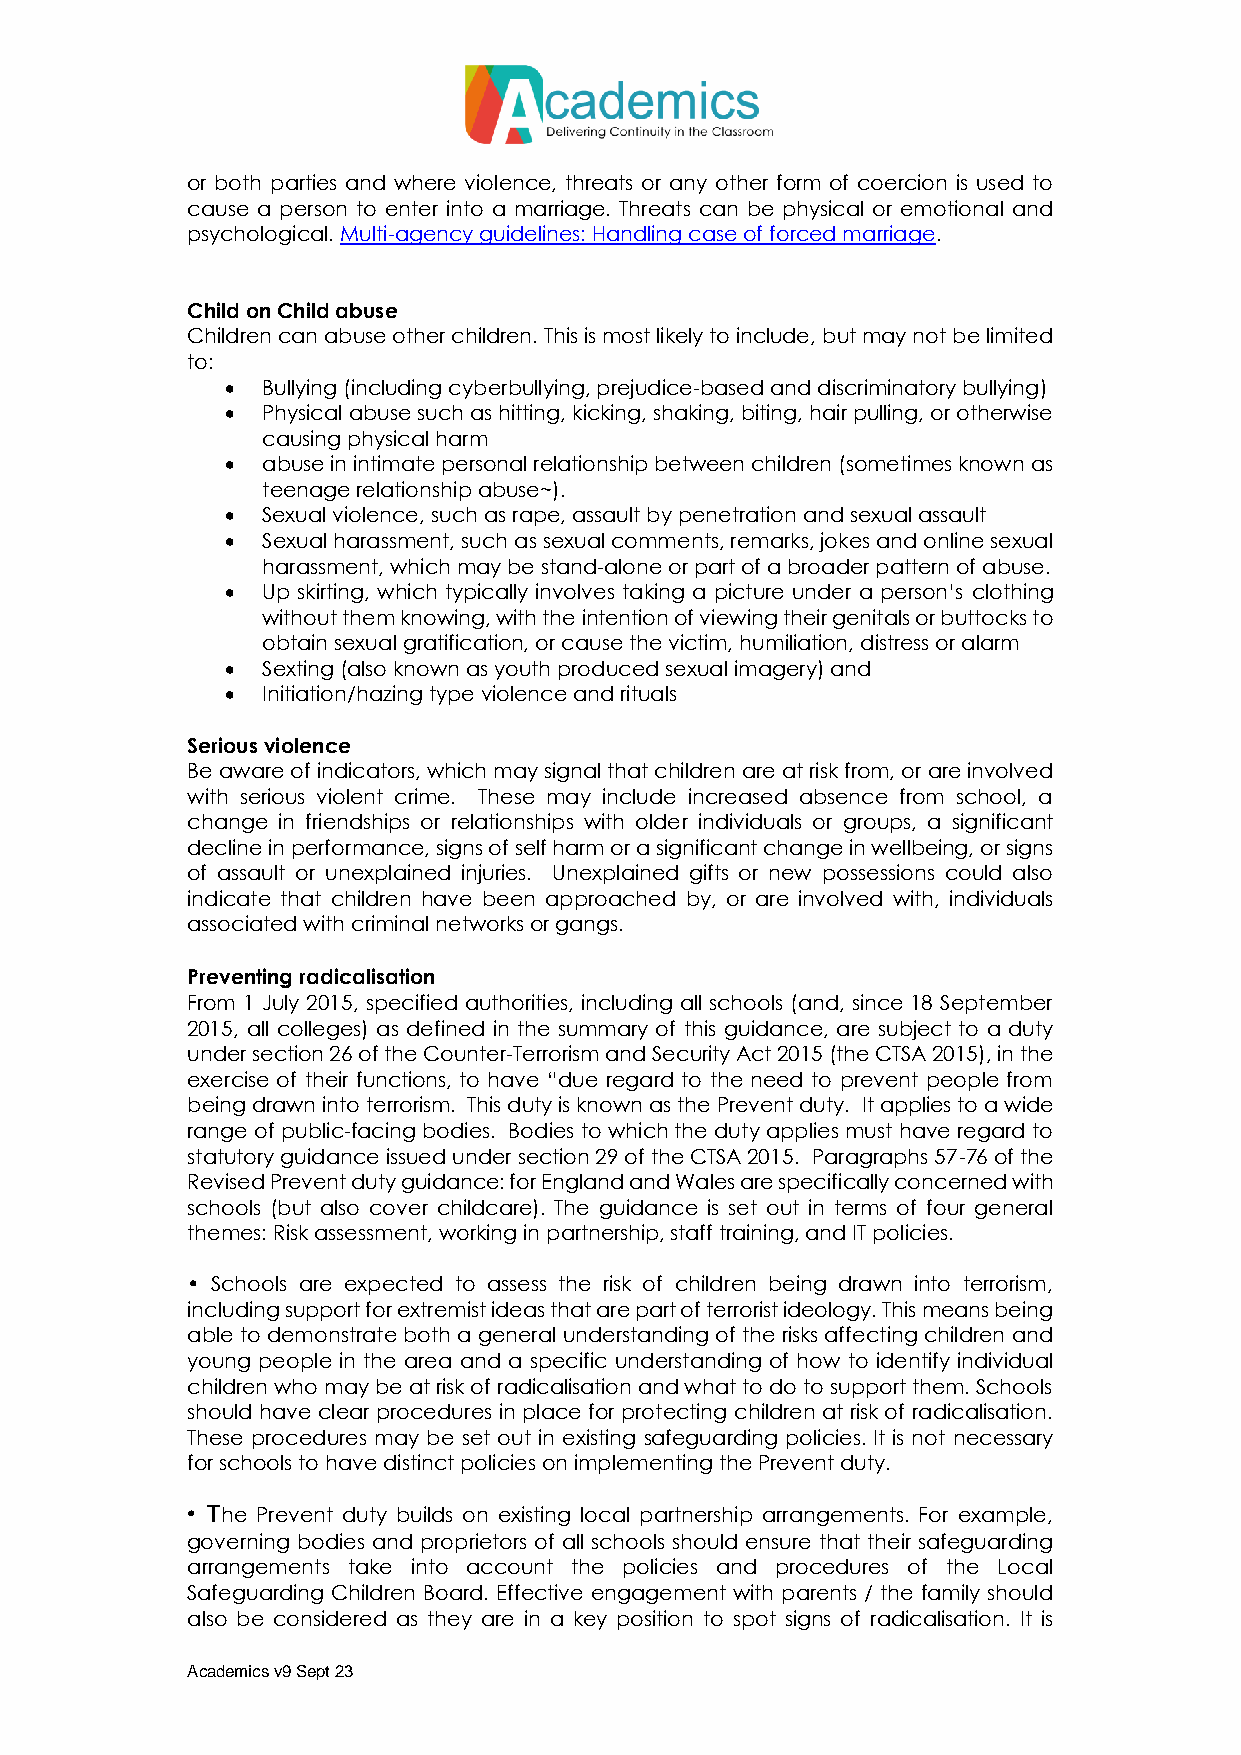
or both parties and where violence, threats or any other form of coercion is used to
 cause a person to enter into a marriage. Threats can be physical or emotional and
 psychological. Multi-agency guidelines: Handling case of forced marriage.
 Child on Child abuse
 Children can abuse other children. This is most likely to include, but may not be limited
 to:
  Bullying (including cyberbullying, prejudice-based and discriminatory bullying)
  Physical abuse such as hitting, kicking, shaking, biting, hair pulling, or otherwise
 causing physical harm
  abuse in intimate personal relationship between children (sometimes known as
 teenage relationship abuse~).
  Sexual violence, such as rape, assault by penetration and sexual assault
  Sexual harassment, such as sexual comments, remarks, jokes and online sexual
 harassment, which may be stand-alone or part of a broader pattern of abuse.
  Up skirting, which typically involves taking a picture under a person’s clothing
 without them knowing, with the intention of viewing their genitals or buttocks to
 obtain sexual gratification, or cause the victim, humiliation, distress or alarm
  Sexting (also known as youth produced sexual imagery) and
  Initiation/hazing type violence and rituals
 Serious violence
 Be aware of indicators, which may signal that children are at risk from, or are involved
 with serious violent crime. These may include increased absence from school, a
 change in friendships or relationships with older individuals or groups, a significant
 decline in performance, signs of self harm or a significant change in wellbeing, or signs
 of assault or unexplained injuries. Unexplained gifts or new possessions could also
 indicate that children have been approached by, or are involved with, individuals
 associated with criminal networks or gangs.
 Preventing radicalisation
 From 1 July 2015, specified authorities, including all schools (and, since 18 September
 2015, all colleges) as defined in the summary of this guidance, are subject to a duty
 under section 26 of the Counter-Terrorism and Security Act 2015 (the CTSA 2015), in the
 exercise of their functions, to have “due regard to the need to prevent people from
 being drawn into terrorism. This duty is known as the Prevent duty. It applies to a wide
 range of public-facing bodies. Bodies to which the duty applies must have regard to
 statutory guidance issued under section 29 of the CTSA 2015. Paragraphs 57-76 of the
 Revised Prevent duty guidance: for England and Wales are specifically concerned with
 schools (but also cover childcare). The guidance is set out in terms of four general
 themes: Risk assessment, working in partnership, staff training, and IT policies.
 • Schools are expected to assess the risk of children being drawn into terrorism,
 including support for extremist ideas that are part of terrorist ideology. This means being
 able to demonstrate both a general understanding of the risks affecting children and
 young people in the area and a specific understanding of how to identify individual
 children who may be at risk of radicalisation and what to do to support them. Schools
 should have clear procedures in place for protecting children at risk of radicalisation.
 These procedures may be set out in existing safeguarding policies. It is not necessary
 for schools to have distinct policies on implementing the Prevent duty.
 • The Prevent duty builds on existing local partnership arrangements. For example,
 governing bodies and proprietors of all schools should ensure that their safeguarding
 arrangements take into account the policies and procedures of the Local
 Safeguarding Children Board. Effective engagement with parents / the family should
 also be considered as they are in a key position to spot signs of radicalisation. It is
 Academics v9 Sept 23